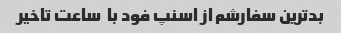
بدترین سفارشم از اسنپ فود با  ساعت تاخیر